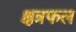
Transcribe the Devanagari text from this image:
क्षत्रफल